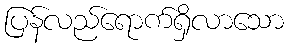
ပြန်လည်ရောက်ရှိလာသော